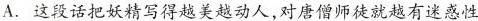
A. 这段话把妖精写得越美越动人，对唐僧师徒就越有迷惑性